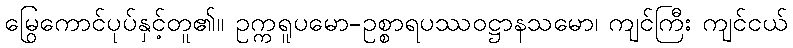
မြွေကောင်ပုပ်နှင့်တူ၏။ ဥက္ကရူပမော-ဥစ္စာရပဿဝဋ္ဌာနသမော၊ ကျင်ကြီး ကျင်ငယ်